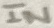
Text: IN